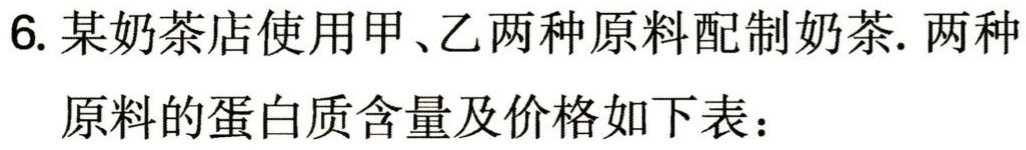
6. 某奶茶店使用甲、乙两种原料配制奶茶. 两种

原料的蛋白质含量及价格如下表：